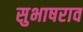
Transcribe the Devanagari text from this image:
सुभाषराव